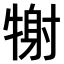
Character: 𤚑